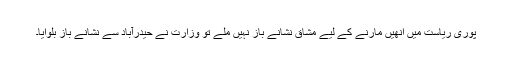
پوری ریاست میں انھیں مارنے کے لیے مشاق نشانے باز نہیں ملے تو وزارت نے حیدرآباد سے نشانے باز بلوایا۔